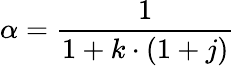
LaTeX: \alpha={\frac{1}{1+k\cdot(1+j)}}\,